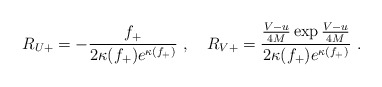
\begin{align*}R_{U+} = -\frac{f_+}{2\kappa(f_+)e^{\kappa(f_+)}}\ ,\quad R_{V+} = \frac{\frac{V-u}{4M}\exp\frac{V-u}{4M}}{2\kappa(f_+)e^{\kappa(f_+)}}\ .\end{align*}